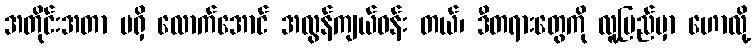
အတိုင်းအတာ မရှိ လောက်အောင် အလွန်ကျယ်ဝန်း တယ်၊ ဒီတရားတွေကို လူ့ပြည်မှာ ဟောလို့